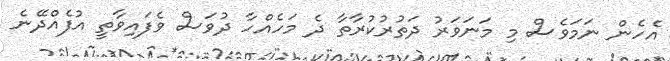
އެހެން ނަމަވެސް މި މަނަވަރު ދަތުރުކުރާތާ ދެ މަހެއްހާ ދުވަސް ވެފައިވާތީ އުފެއްދޭނެ